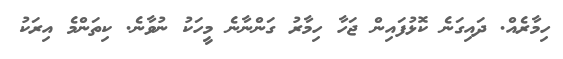
ހިމާރެއް. ދައިގަނެ ކޮޅުފައިން ޖަހާ ހިމާރު ގަންނާނެ މީހަކު ނުވާނެ. ކިތަންމެ އިރަކު